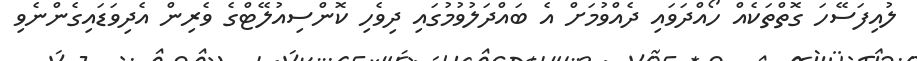
ލުއިފަސޭހަ ގޮތްތަކެއް ހޯއްދަވައި ދެއްވުމަށް އެ ބައްދަލުވުމުގައި ދިވެހި ކޮންސިއުލޭޓްގެ ވެރިން އެދިވަޑައިގެންނެވި